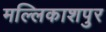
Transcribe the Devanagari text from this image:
मल्लिकाशपुर